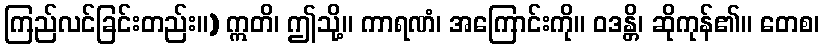
ကြည်လင်ခြင်းတည်း။) ဣတိ၊ ဤသို့။ ကာရဏံ၊ အကြောင်းကို။ ဝဒန္တိ၊ ဆိုကုန်၏။ တေစ၊